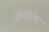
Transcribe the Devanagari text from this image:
कचाला